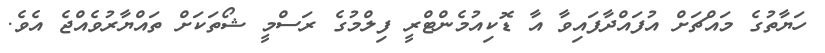
ހަޔާތުގެ މައްޗަށް އުފައްދާފައިވާ އާ ޑޮކިއުމެންޓްރީ ފިލްމުގެ ރަސްމީ ޝޯތަކަށް ތައްޔާރުވެއްޖެ އެވެ.